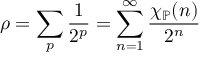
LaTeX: \rho = \sum _ { p } { \frac { 1 } { 2 ^ { p } } } = \sum _ { n = 1 } ^ { \infty } { \frac { \chi _ { \mathbb { P } } ( n ) } { 2 ^ { n } } }